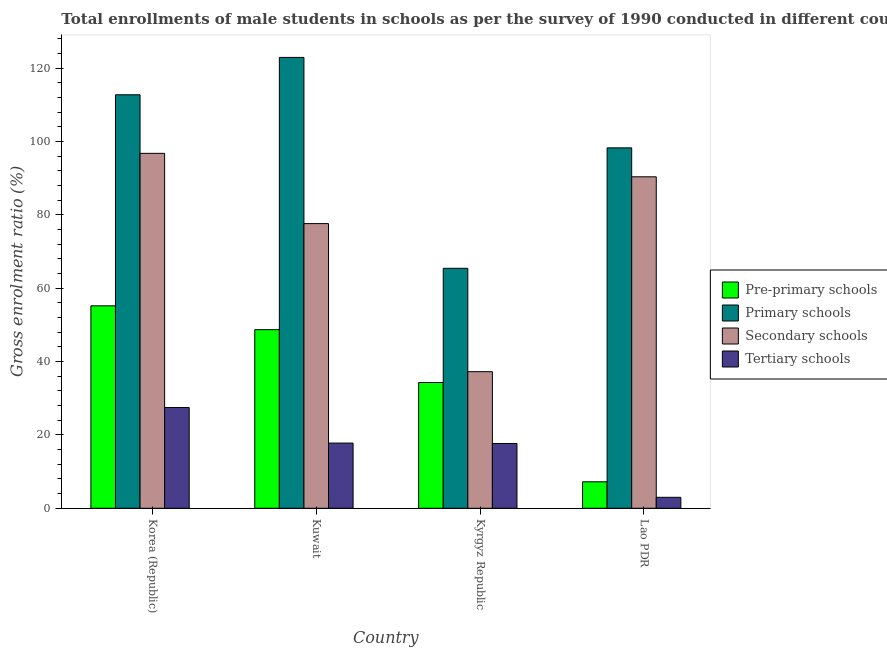
| Country | Pre-primary schools | Primary schools | Secondary schools | Tertiary schools |
 | --- | --- | --- | --- | --- |
 | Korea (Republic) | 55.2 | 113 | 96.8 | 27.5 |
 | Kuwait | 48.7 | 123 | 77.6 | 17.8 |
 | Kyrgyz Republic | 34.3 | 65.4 | 37.2 | 17.7 |
 | Lao PDR | 7.22 | 98.3 | 90.4 | 2.99 |